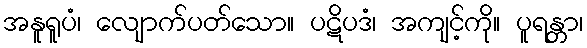
အနူရူပံ၊ လျောက်ပတ်သော။ ပဋိပဒံ၊ အကျင့်ကို။ ပူရန္တာ၊